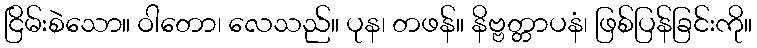
ငြိမ်းစဲသော။ ဝါတော၊ လေသည်။ ပုန၊ တဖန်။ နိဗ္ဗတ္တာပနံ၊ ဖြစ်ပြန်ခြင်းကို။